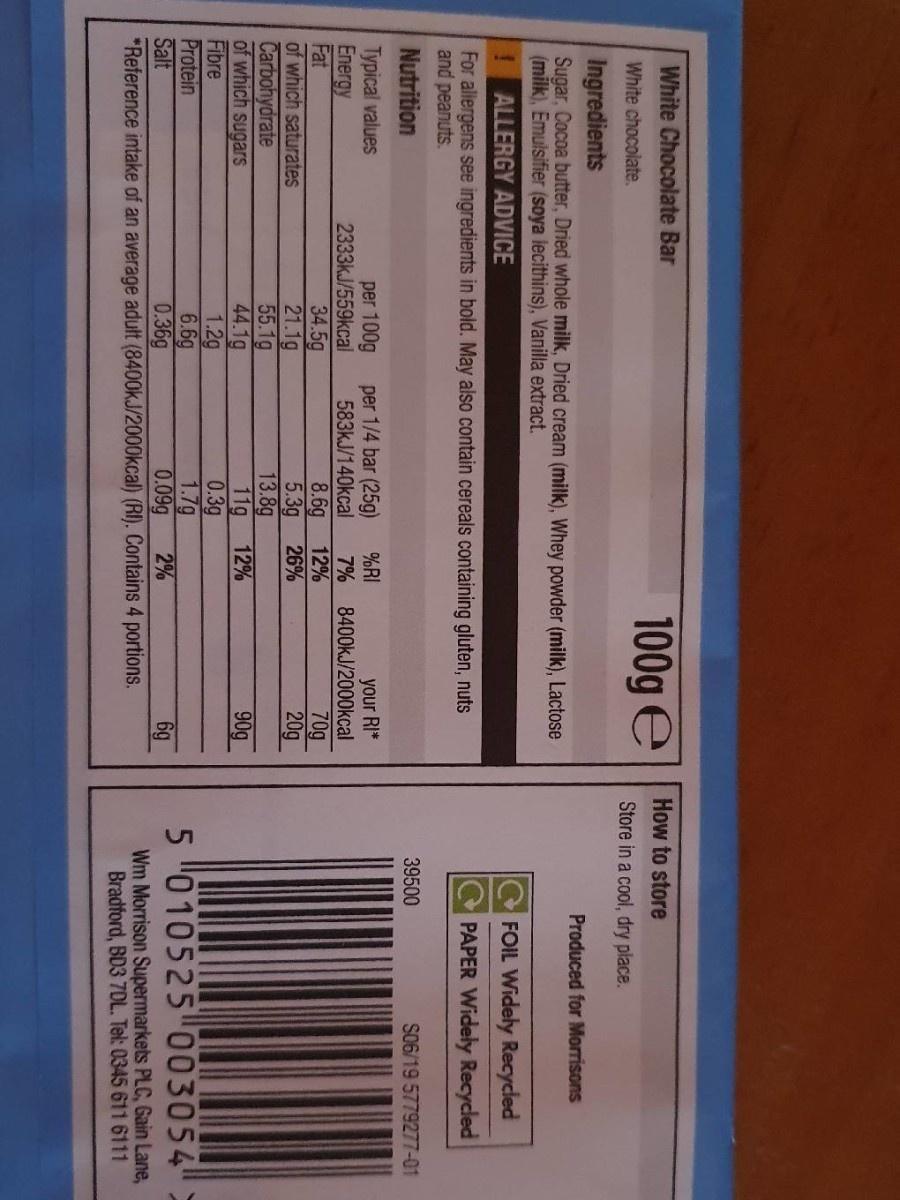
石
l How to store Store in a cool, dry place.
White Chocolate Bar
100g e
White chocolate.
Ingredients Sugar, Cocoa butter, Dried whole milk, Dried cream (milk), Whey powder (milk), Lactose (milk), Emuisifier (soya lecithins), Vanilla extract.
Produced for Morrisons
FOIL Widely Recycled
ALLERGY ADVICE
PAPER Widely Recycled
For allergens see ingredients in bold. May also contain cereals containing gluten, nuts and peanuts.
Nutrition
39500
S06/19 5779277-01
your RI* 7% 8400KJ/2000kcal 70g 20g
per 1/4 bar (25g) 583KJ/140kcal
Typical values Energy Fat of which saturates Carbohydrate of which sugars Fibre Protein Salt
per 100g 2333KJ/559kcal 34.5g 21.1g 55.1g 44.1g 1.2g 6.6g 0.36g *Reference intake of an average adult (8400KJ/2000kcal) (RI). Contains 4 portions.
%RI
8.6g 26%
12%
5.3g 13.8g 12%
11g 0.3g 1.7g 2%
90g
5 010525 003054"
0.09g
6g
Wm Morrison Supermarkets PLC, Gain Lane, Bradford, BD3 7DL. Tel: 0345 611 6111